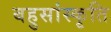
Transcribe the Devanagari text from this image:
बहुसांस्कृति